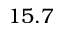
1 5 . 7